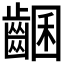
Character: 𪘩